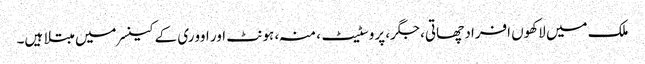
ملک میں لاکھوں افراد چھاتی، جگر، پروسٹیٹ، منہ، ہونٹ اور اووری کے کینسر میں مبتلا ہیں۔